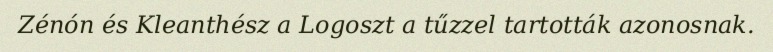
Zénón és Kleanthész a Logoszt a tűzzel tartották azonosnak.